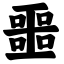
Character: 噩